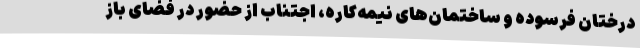
درختان فرسوده و ساختمان‌های نیمه‌کاره، اجتناب از حضور در فضای باز